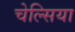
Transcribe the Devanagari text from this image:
चेल्‍सिया